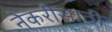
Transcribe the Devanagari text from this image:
नेकरीसाठी